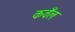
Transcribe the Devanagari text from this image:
कवँल